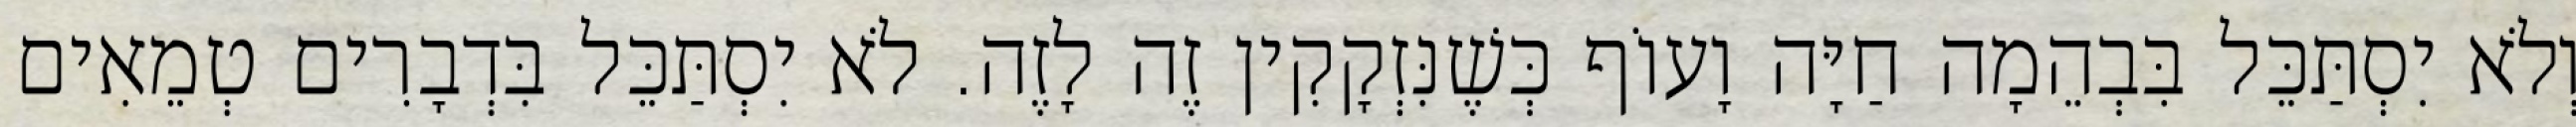
וְלֹא יִסְתַּכֵּל בִּבְהֵמָה חַיָּה וָעוֹף כְּשֶׁנִּזְקָקִין זֶה לָזֶה. לֹא יִסְתַּכֵּל בִּדְבָרִים טְמֵאִים